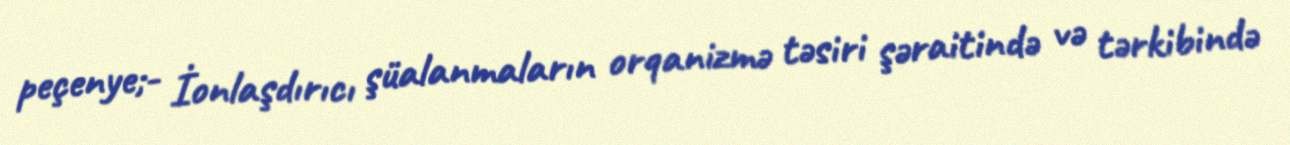
peçenye;- İonlaşdırıcı şüalanmaların orqanizmə təsiri şəraitində və tərkibində